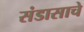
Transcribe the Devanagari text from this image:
संडासाचे